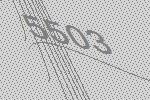
5503